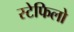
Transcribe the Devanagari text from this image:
स्टेफिलो